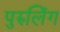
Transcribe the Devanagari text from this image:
पुरुलिंग